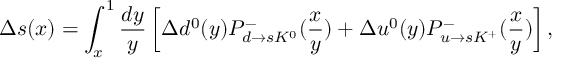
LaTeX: \Delta s ( x ) = \int _ { x } ^ { 1 } { \frac { d y } { y } } \left[ \Delta d ^ { 0 } ( y ) P _ { d \rightarrow s K ^ { 0 } } ^ { - } ( { \frac { x } { y } } ) + \Delta u ^ { 0 } ( y ) P _ { u \rightarrow s K ^ { + } } ^ { - } ( { \frac { x } { y } } ) \right] ,